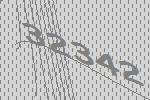
32342